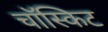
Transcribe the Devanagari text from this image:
चॉस्किट